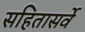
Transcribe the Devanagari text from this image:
सहितासर्वे